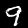
Digit: 9